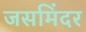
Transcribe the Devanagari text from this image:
जसमिंदर